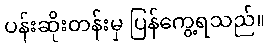
ပန်းဆိုးတန်းမှ ပြန်ကွေ့ရသည်။